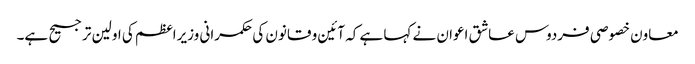
معاون خصوصی فردوس عاشق اعوان نے کہا ہے کہ آئین و قانون کی حکمرانی وزیراعظم کی اولین ترجیح ہے۔